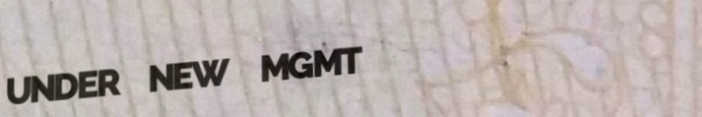
UNDER NEW MGMT